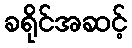
ခရိုင်အဆင့်